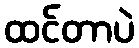
ထင်တာပဲ